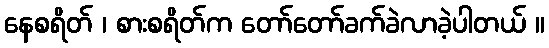
နေစရိတ် ၊ စားစရိတ်က တော်တော်ခက်ခဲလာခဲ့ပါတယ် ။